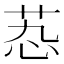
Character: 𬜫